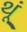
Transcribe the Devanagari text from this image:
थूं